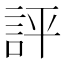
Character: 評